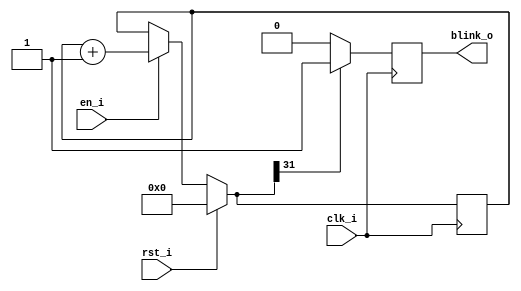
`timescale 1ns / 1ps
//////////////////////////////////////////////////////////////////////////////////
// Company: Brigham Young University
// 
// Design Name: 
// Module Name: counter
// Project Name: 
// Target Devices: 
// Tool Versions: 
// Description: 
// 
// Dependencies: 
// 
// Revision:
// Revision 0.01 - File Created
// Additional Comments:
// 
//////////////////////////////////////////////////////////////////////////////////

module counter(clk_i, rst_i, en_i, blink_o);
    parameter width = 32;
    output  blink_o;
    input   clk_i;
    input   en_i;
    input   rst_i;

    ///////////////////////////////////////////////////////////////////
    //
    // Local Wires and Registers
    //
    reg     [width-1:0] count = 0;

    //Output Buffers
    reg       blink_o;
    
    always @(posedge clk_i) 
    begin
        if (rst_i == 1'b1) 
            count = 0;
        else if (en_i == 1'b1)
            count = count + 1;

        if (count[width-1] == 1'b1)
            blink_o = 1'b1;
        else
            blink_o = 1'b0;
    end
endmodule